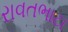
રાવતભાટા